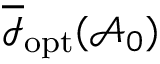
\overline { { \mathcal { I } } } _ { \mathrm { o p t } } ( \mathcal { A } _ { 0 } )